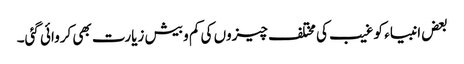
بعض انبیاء کو غیب کی مختلف چیزوں کی کم و بیش زیارت بھی کروائی گئی۔